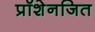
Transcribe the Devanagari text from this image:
प्रॉशेनजित